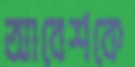
আবেশকে